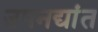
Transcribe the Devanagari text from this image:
उपनद्यांत